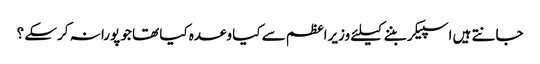
جانتے ہیں اسپیکر بننے کیلئے وزیراعظم سے کیا وعدہ کیا تھا جو پورا نہ کرسکے ؟